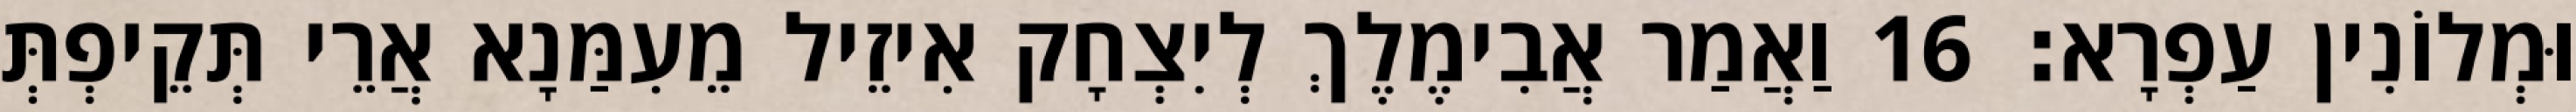
וּמְלוֹנִין עַפְרָא׃ 16 וַאֲמַר אֲבִימֶלֶךְ לְיִצְחָק אִיזֵיל מֵעִמַּנָא אֲרֵי תְּקֵיפְתְּ